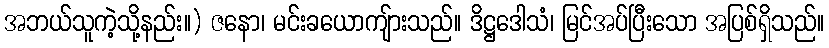
အဘယ်သူကဲ့သို့နည်း။) ဇနော၊ မင်းခယောကျ်ားသည်။ ဒိဋ္ဌဒေါသံ၊ မြင်အပ်ပြီးသော အပြစ်ရှိသည်။